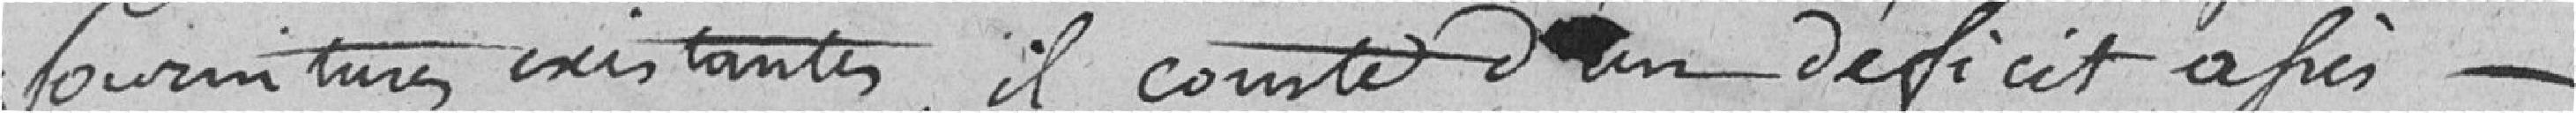
fournitures existantes, il compte d'un déficit après